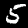
Digit: 5